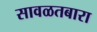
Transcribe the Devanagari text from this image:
सावळतबारा